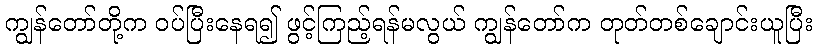
ကျွန်တော်တို့က ဝပ်ပြီးနေရ၍ ဖွင့်ကြည့်ရန်မလွယ် ကျွန်တော်က တုတ်တစ်ချောင်းယူပြီး